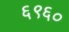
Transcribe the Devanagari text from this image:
६९६०